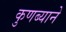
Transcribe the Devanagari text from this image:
कुणब्याने